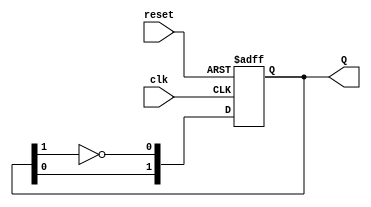
module DualStageJohnsonCounter (
    input wire clk,        // Clock signal
    input wire reset,      // Asynchronous reset signal
    output reg [1:0] Q     // 2-bit output representing the counter state
);

// State transition logic
always @(posedge clk or posedge reset) begin
    if (reset) begin
        // Asynchronous reset to '00'
        Q <= 2'b00;
    end else begin
        // Johnson counter logic
        Q[0] <= ~Q[1];  // First flip-flop takes inverted value of second flip-flop
        Q[1] <= Q[0];   // Second flip-flop takes value of first flip-flop
    end
end

endmodule